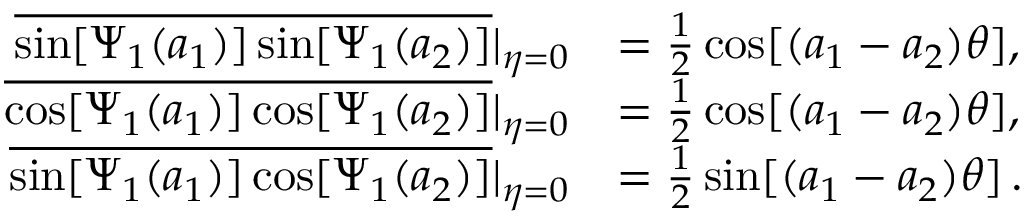
\begin{array} { r l } { \overline { { \sin [ \Psi _ { 1 } ( a _ { 1 } ) ] \sin [ \Psi _ { 1 } ( a _ { 2 } ) ] } } | _ { \eta = 0 } } & { = \frac { 1 } { 2 } \cos [ ( a _ { 1 } - a _ { 2 } ) \theta ] , } \\ { \overline { { \cos [ \Psi _ { 1 } ( a _ { 1 } ) ] \cos [ \Psi _ { 1 } ( a _ { 2 } ) ] } } | _ { \eta = 0 } } & { = \frac { 1 } { 2 } \cos [ ( a _ { 1 } - a _ { 2 } ) \theta ] , } \\ { \overline { { \sin [ \Psi _ { 1 } ( a _ { 1 } ) ] \cos [ \Psi _ { 1 } ( a _ { 2 } ) ] } } | _ { \eta = 0 } } & { = \frac { 1 } { 2 } \sin [ ( a _ { 1 } - a _ { 2 } ) \theta ] \, . } \end{array}